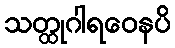
သတ္ထုဂါရဝေနပိ